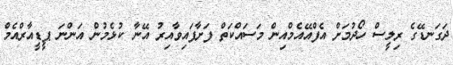
ދަގަނޑޭގެ ރިލީސް ހޯދުމަށް އެފްއޭއެމްއިން މަސައްކަތް ފަށާފައިވާއިރު އޭނާ ކުޅެމުން އަންނަ ޕީޑީއާރްއެމް